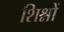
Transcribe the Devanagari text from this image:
शिश्नों